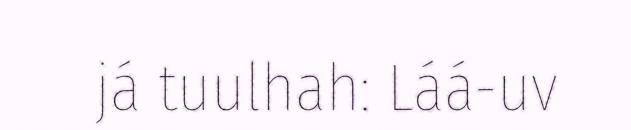
já tuulhah: Láá-uv